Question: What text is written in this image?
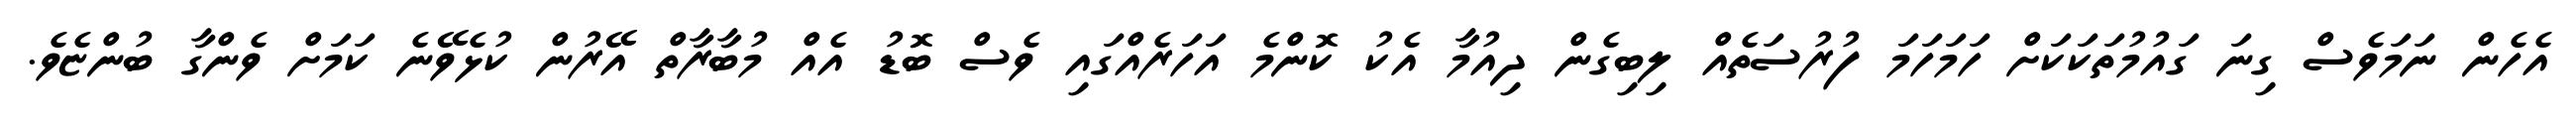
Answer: އެހެން ނަމަވެސް ގިނަ ގައުމުތަކަކަށް ހަމަހަމަ ފުރުސަތެއް ލިބިގެން ދިއުމާ އެކު ކޮންމެ އަހަރެއްގައި ވެސް ބޮޑު އެއް މުބާރާތް އޭރުން ކުޅެވޭނެ ކަމަށް ވެންގާ ބުންޏެވެ.